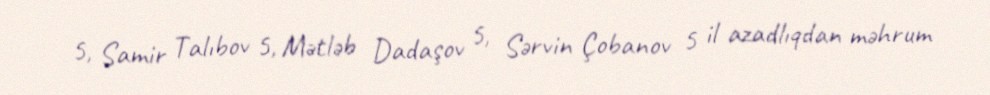
5, Samir Talıbov 5, Mətləb Dadaşov 5, Sərvin Çobanov 5 il azadlıqdan məhrum